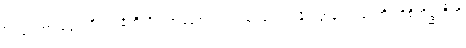
“ဌပေတွာ ဒွေ”တိ။ ကင်္ခတီတိ “အဟော ဝတ ပဿေယျ”န္တိ ပတ္ထနံ ဥပ္ပါဒေတိ။ ဝိစိကိစ္ဆတီတိ